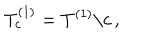
T _ { c } ^ { ( 1 ) } = T ^ { ( 1 ) } \backslash c \, ,